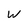
Character: W